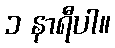
၁ နာရီပါ။